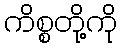
ကိစ္စတို့ကို